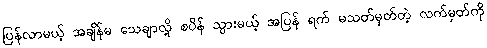
ပြန်လာမယ့် အချိန်မ သေချာလို့ စပိန် သွားမယ့် အပြန် ရက် မသတ်မှတ်တဲ့ လက်မှတ်ကို